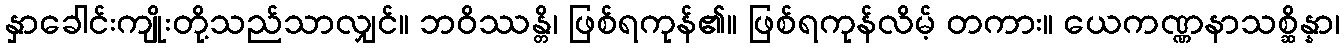
နှာခေါင်းကျိုးတို့သည်သာလျှင်။ ဘဝိဿန္တိ၊ ဖြစ်ရကုန်၏။ ဖြစ်ရကုန်လိမ့် တကား။ ယေကဏ္ဏနာသစ္ဆိန္နာ၊